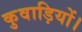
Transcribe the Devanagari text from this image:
कुवाड़ियों।